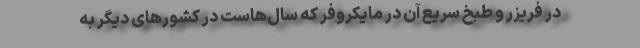
در فریزر و طبخ سریع آن در مایکروفر که سال‌هاست در کشورهای دیگر به